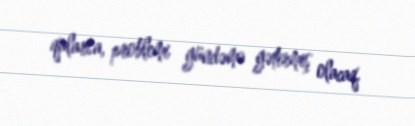
qalarsa, problemi gündəmə gətirmiş olacaq.